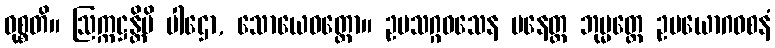
ဝုစ္စတိ။ ဩက္ကဋ္ဌန္တိပိ ပါဌော, သောယေဝတ္ထော။ ဥပသဂ္ဂဝသေန ပနေတ္ထ ဘုမ္မတ္ထေ ဥပယောဂဝစနံ